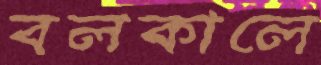
বলকালে